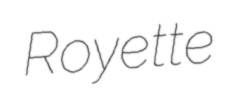
Royette